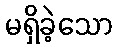
မရှိခဲ့သော